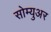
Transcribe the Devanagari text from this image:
सोम्युअर